Scottish Leaving Certificate Examination, 1959
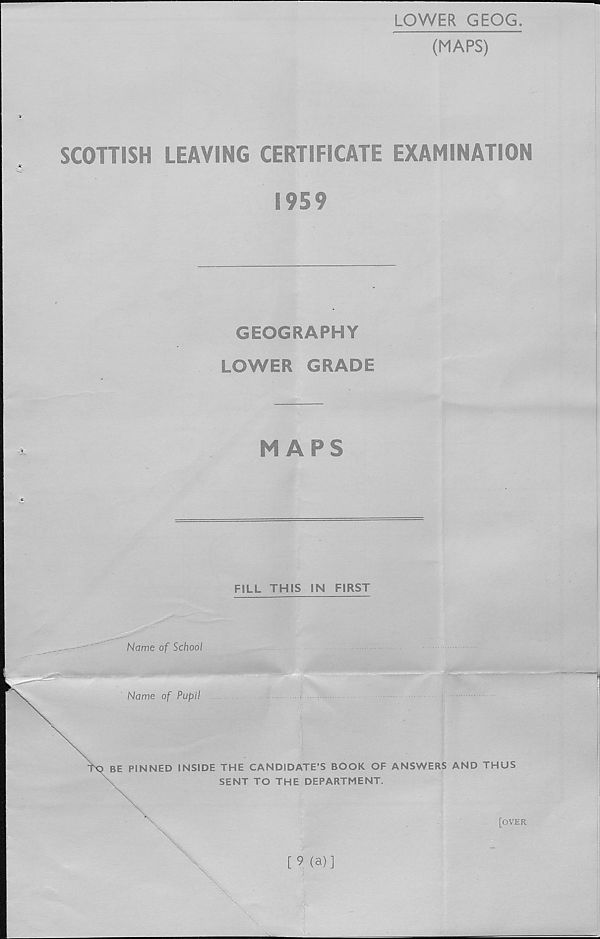
LOWER GEOG
(MAPS)
SCOTTISH LEAVING CERTIFICATE EXAMINATION
I9S9
GEOGRAPHY
LOWER GRADE
MAPS
FILL THIS IN FIRST
[9 (a)]
'